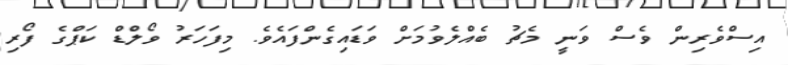
އިސްވެރިން ވެސް ވަނީ މެޗު ބެއްލެވުމަށް ވަޑައިގެންފައެވެ. މިފަހަރު ވޯލްޑް ކަޕްގެ ފޯރި